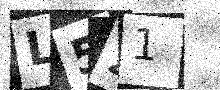
Text: L521